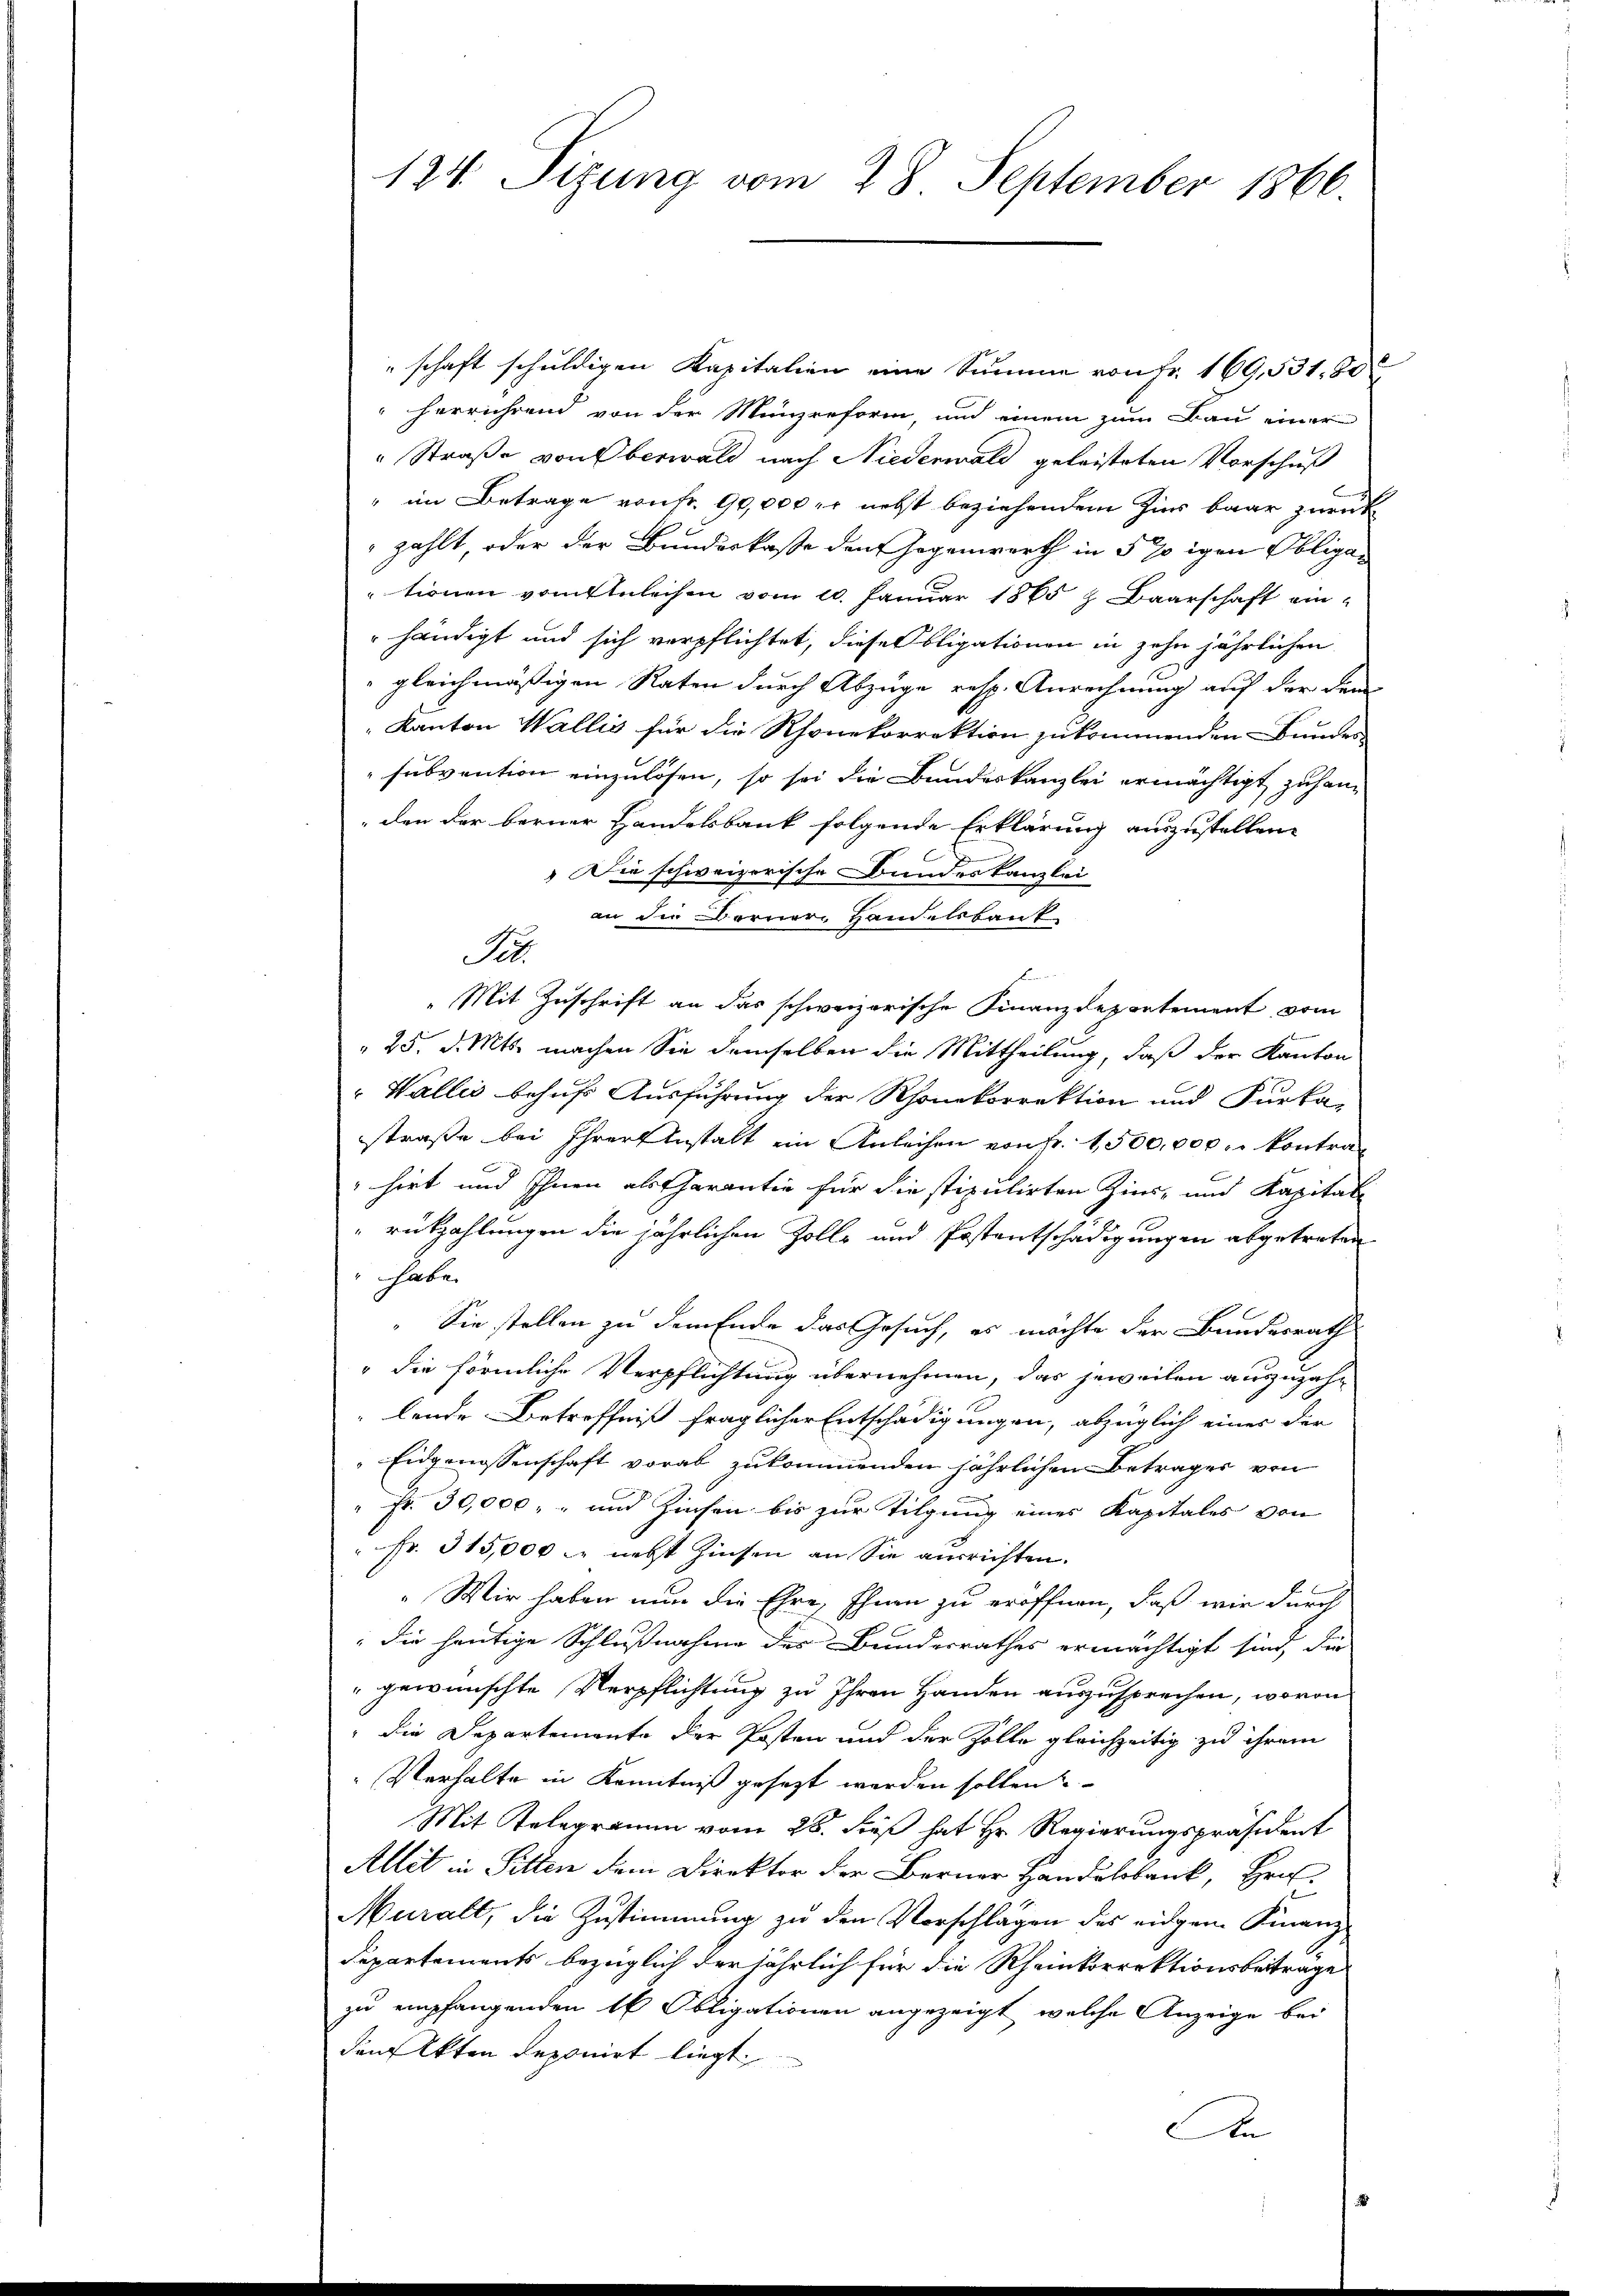
124. Sizung vom 28. September 1866.

schaft schuldigen Kapitalien eine Summe von Fr. 169,531, 80
herrührend von der Münzreform, und einem zum Bau einer
"Straße von Oberwald nach Niederwald geleisteten Vorschuß
" im Betrage von Fr. 90,000 er nebst beziehendem Zins baar zurück
zählt, oder der Bundeskasse den Gegenwerth in 5 Eigen Obligationen vom Anleihen vom 10. Januar 1865 z Baarschaft ein-
händigt und sich verpflichtet, diese Obligationen in zehn jährlichen
gleichmässigen Raten durch Abzüge resp. Anrechnung auf der dem
" Kanton Wallis für die Rhonekorrektion zukommenden Bunder
subvention einzulösen, so sei die Bundeskanzlei ermächtigt zu handen der berner Handelsbank folgende Erklärung auszustellen.
 Die schweizerische Bundeskanzlei
an die Berner Handelsbaut
Si
f
„Mit Zuschrift an das schweizerische Finanzdepartement, vom
25. d. Mts. machen Sie demselben die Mittheilung, daß der Kanton
Wallis behuf Ausführung der Rhonkorrektion und Furka-
straße bei Ihrer Anstalt ein Anleihen von Fr. 1500,000 l. kontrahirt und Ihnen als Charantie für die stipulirten Zins- und Kapital
rükzahlungen die jährlichen Zolle und Postentschädigung in abgetreten
" habe.
Sie stellen zu dem Ende das Gesuch, es möchte der Bundesrath
" die förmliche Verpflichtung übernehmen, das jeweilen auszuzahlende Betreffniß fraglicher Entschädigungen, abzüglich einer der
Eidgenossenschaft vorab zukommenden jährlichen Beträger von
fr. 30,000, und Zinsen bis zur Tilgung eines Kapitales von
 Fr. 315,000 M nebst Zinsen an Sie ausrichten.
„Wir haben nun die Ehre, Ihnen zu eröffnen, daß wir durch
die heutige Schlußnahme des Bundesrathes ermächtigt sind die
gewünschte Verpflichtung zu Ihren Handen auszusprechen, wovon
 die Departemente der Posten und der Zolle gleichzeitig zu ihrem
Verhalte in Kenntniß gesezt werden sollen?
Mit Telegramm vom 28. dieß hat Hr. Regierungspräsident
Allit in Pitten dem Direktor der Berner Handelbank, Hrn.
Muralt, die Zustimmung zu den Vorschlägen des eidgem Finanz
Departements bezüglich der jährlich für die Rheinkorrektionsbeitrage
zu empfangenden 16 Obligationen angezeigt, welche Anzeige bei
den Akten deponirt liegt.
An